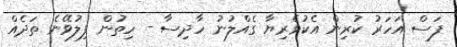
ފަސް އަހަރު ކުރިން އެކުވެރިޔާ ގެއްލުނު ހާދިސާ - ހިތުން ފިލުވޭނެ ތަދެއް